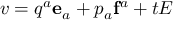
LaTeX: v = q ^ { a } \mathbf { e } _ { a } + p _ { a } \mathbf { f } ^ { a } + t E